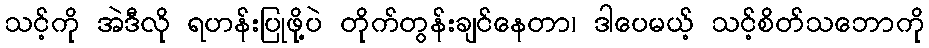
သင့်ကို အဲဒီလို ရဟန်းပြုဖို့ပဲ တိုက်တွန်းချင်နေတာ၊ ဒါပေမယ့် သင့်စိတ်သဘောကို